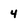
Character: 4